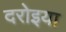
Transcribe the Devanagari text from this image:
दरोइया